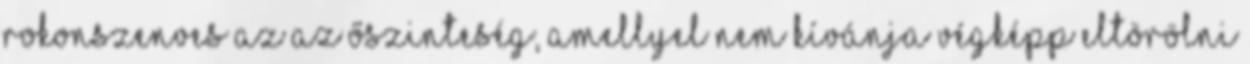
Rokonszenves az az őszinteség, amellyel nem kívánja végképp eltörölni